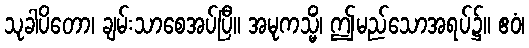
သုခါပိတော၊ ချမ်းသာစေအပ်ပြီ။ အမုကသ္မိံ၊ ဤမည်သောအရပ်၌။ ဧဝံ၊